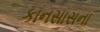
કાનસાસના